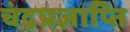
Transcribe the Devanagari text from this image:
चंद्रप्रज्ञाप्ति